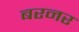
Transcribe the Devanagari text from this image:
बरनर